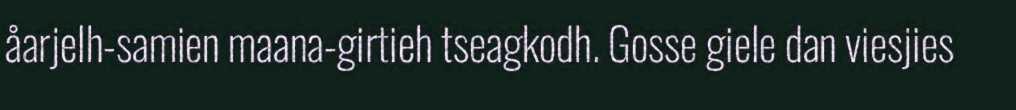
åarjelh-samien maana-girtieh tseagkodh. Gosse giele dan viesjies